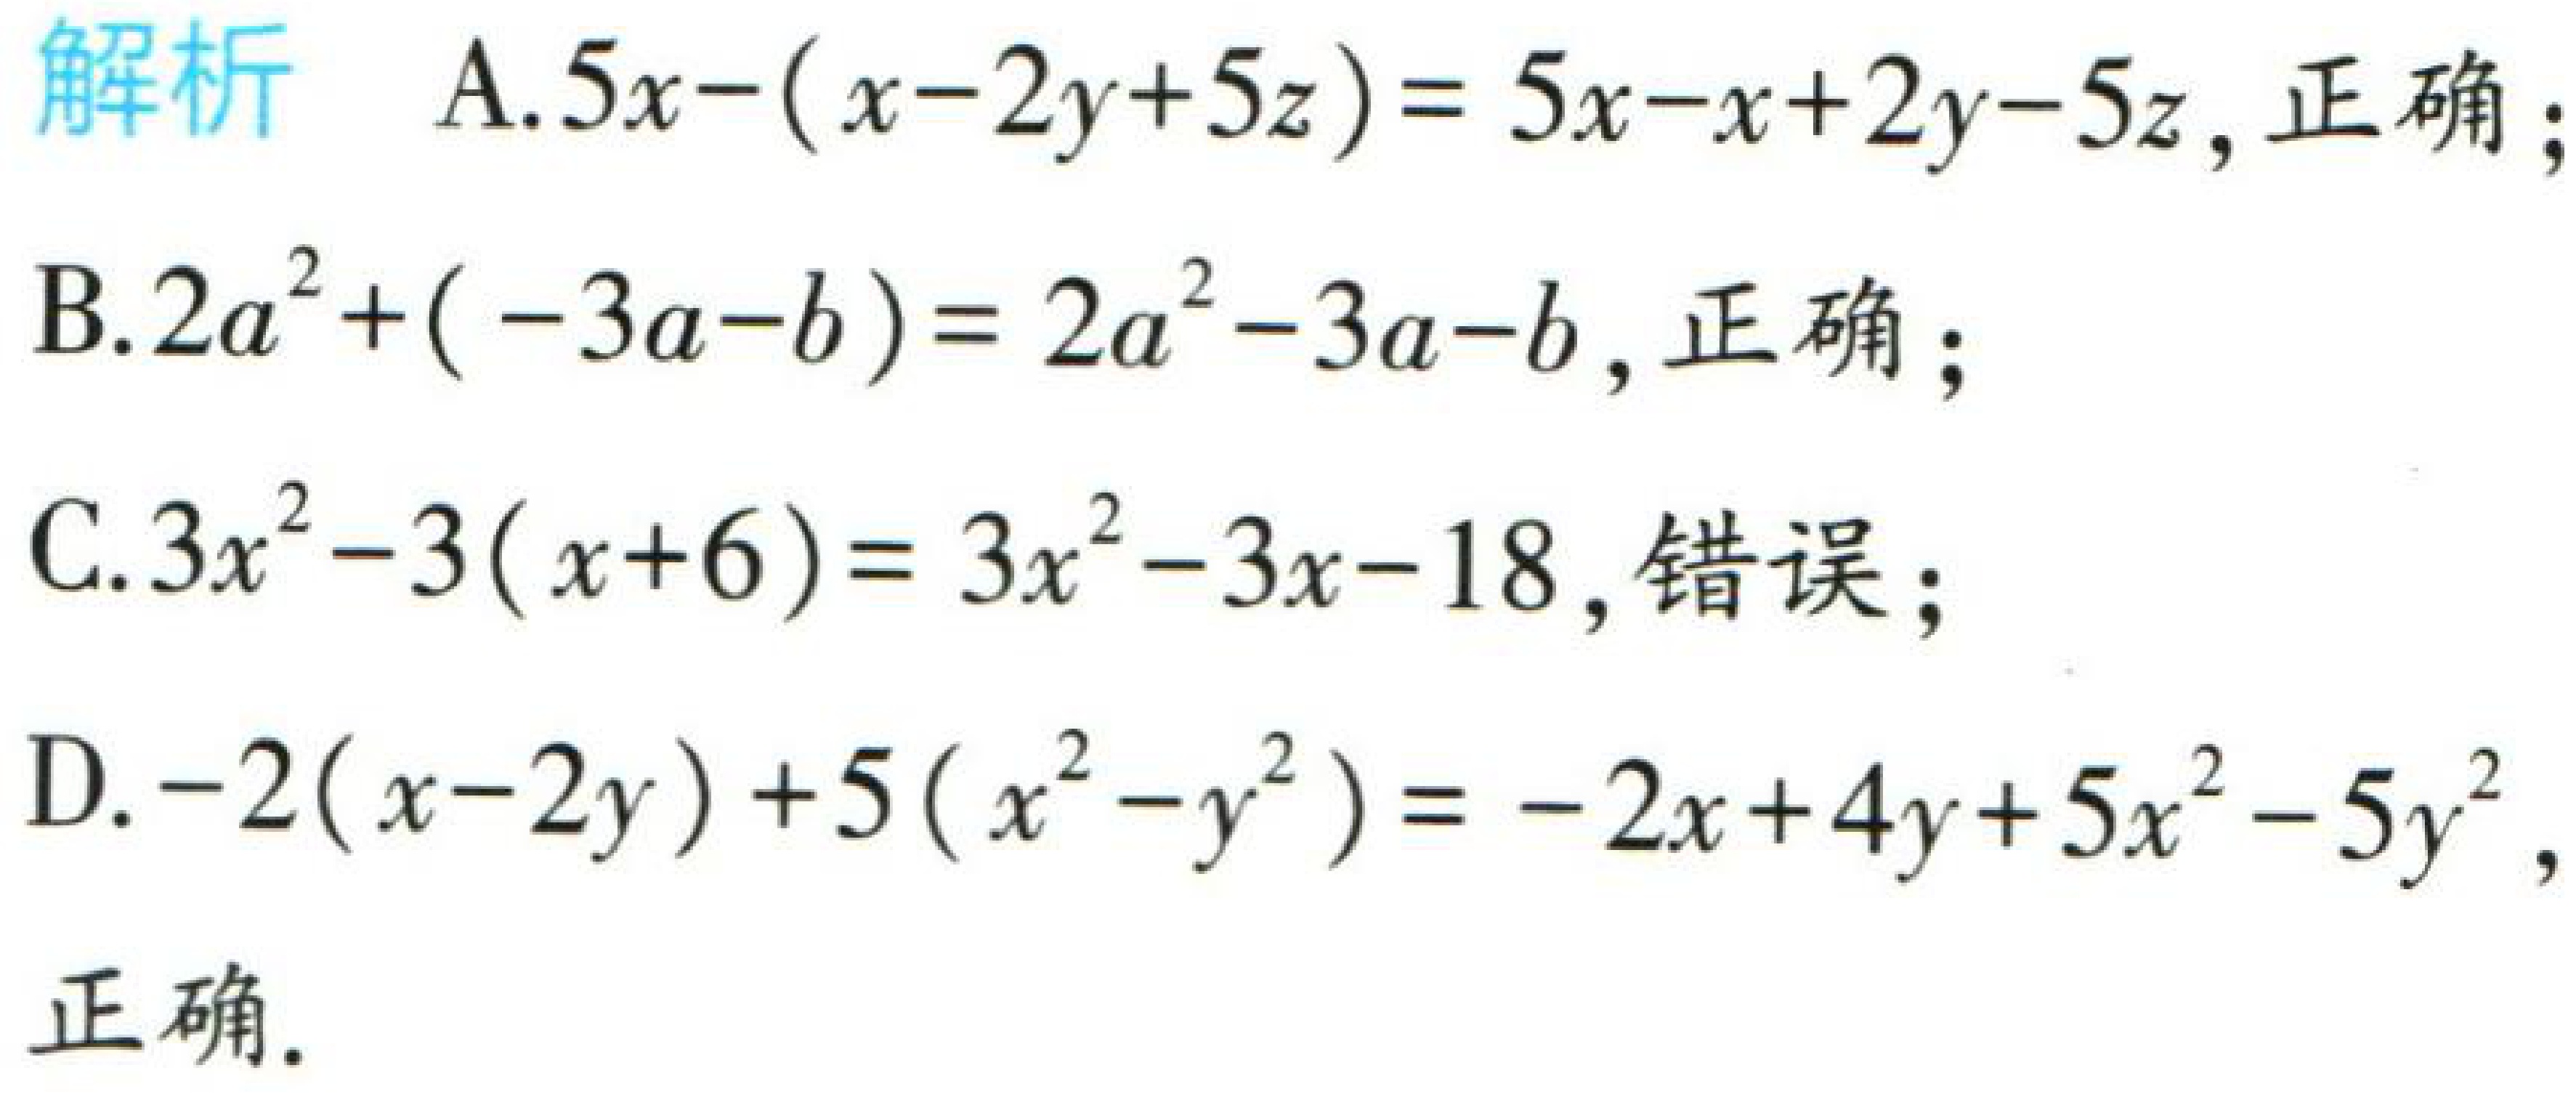
解析

A. \(5x-(x - 2y + 5z)=5x - x + 2y - 5z\), 正确；

B. \(2a^{2}+(-3a - b)=2a^{2}-3a - b\), 正确；

C. \(3x^{2}-3(x + 6)=3x^{2}-3x - 18\), 错误；

D. \(-2(x - 2y)+5(x^{2}-y^{2})=-2x + 4y + 5x^{2}-5y^{2}\), 正确.